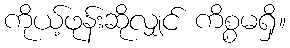
ကိုယ့်ဖုန်းဆိုလျှင် ကိစ္စမရှိ။